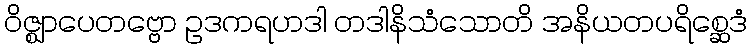
ဝိဇ္ဈာပေတဗ္ဗော ဥဒကရဟဒါ တဒါနိသံသောတိ အနိယတပရိစ္ဆေဒံ